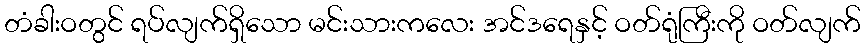
တံခါးဝတွင် ရပ်လျက်ရှိသော မင်းသားကလေး အင်ဒရေနှင့် ဝတ်ရုံကြီးကို ဝတ်လျက်